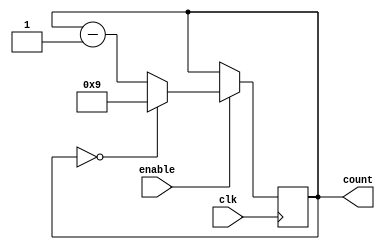
module BCD_Down_Counter (
    input wire clk,
    input wire enable,
    output reg [3:0] count
);

always @(posedge clk) begin
    if (enable) begin
        if (count == 4'b0000) begin
            count <= 4'b1001; // Initialize to 9 in BCD format
        end
        else begin
            count <= count - 1;
        end
    end
end

endmodule